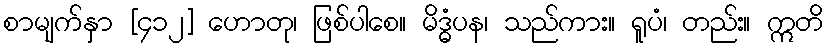
စာမျက်နှာ [၄၁၂] ဟောတု၊ ဖြစ်ပါစေ။ မိဒ္ဓံပန၊ သည်ကား။ ရူပံ၊ တည်း။ ဣတိ